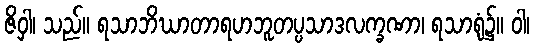
ဇိဝှါ၊ သည်။ ရသာဘိဃာတာရဟဘူတပ္ပသာဒလက္ခဏာ၊ ရသာရုံ၌။ ဝါ၊